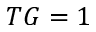
T G = 1